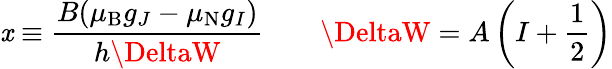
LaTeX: \mathit{x}\equiv{\frac{{B(\mu_{\mathrm{{{B}}}}g_{J}-\mu_{\mathrm{{{N}}}}g_{I})}}{{h\DeltaW}}}\quad\quad\DeltaW=A\left(I+{\frac{{1}}{{2}}}\right)